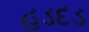
હડદડ